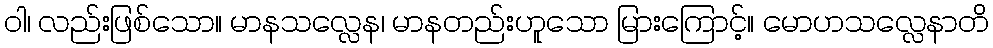
ဝါ၊ လည်းဖြစ်သော။ မာနသလ္လေန၊ မာနတည်းဟူသော မြားကြောင့်။ မောဟသလ္လေနာတိ